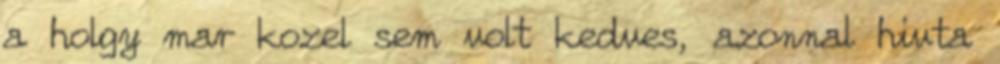
a holgy mar kozel sem volt kedves, azonnal hivta